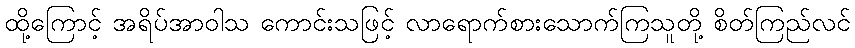
ထို့ကြောင့် အရိပ်အာဝါသ ကောင်းသဖြင့် လာရောက်စားသောက်ကြသူတို့ စိတ်ကြည်လင်